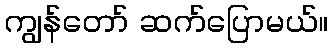
ကျွန်တော် ဆက်ပြောမယ်။